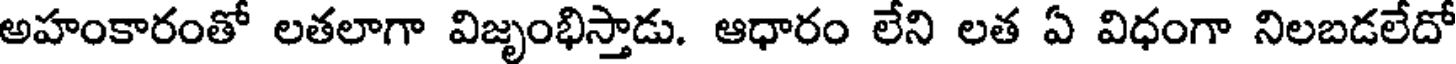
అహంకారంతో లతలాగా విజృంభిస్తాడు. ఆధారం లేని లత ఏ విధంగా నిలబడలేదో